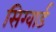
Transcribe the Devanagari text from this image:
सिग्वार्ड